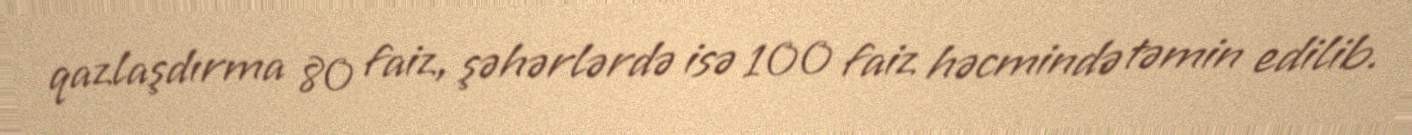
qazlaşdırma 80 faiz, şəhərlərdə isə 100 faiz həcmində təmin edilib.